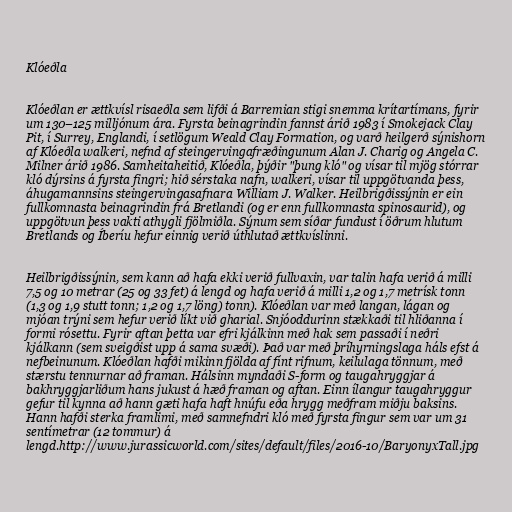
Klóeðla

Klóeðlan er ættkvísl risaeðla sem lifði á Barremian stigi snemma krítartímans, fyrir
um 130–125 milljónum ára. Fyrsta beinagrindin fannst árið 1983 í Smokejack Clay
Pit, í Surrey, Englandi, í setlögum Weald Clay Formation, og varð heilgerð sýnishorn
af Klóeðla walkeri, nefnd af steingervingafræðingunum Alan J. Charig og Angela C.
Milner árið 1986. Samheitaheitið, Klóeðla, þýðir "þung kló" og vísar til mjög stórrar
kló dýrsins á fyrsta fingri; hið sérstaka nafn, walkeri, vísar til uppgötvanda þess,
áhugamannsins steingervingasafnara William J. Walker. Heilbrigðissýnin er ein
fullkomnasta beinagrindin frá Bretlandi (og er enn fullkomnasta spinosaurid), og
uppgötvun þess vakti athygli fjölmiðla. Sýnum sem síðar fundust í öðrum hlutum
Bretlands og Íberíu hefur einnig verið úthlutað ættkvíslinni.

Heilbrigðissýnin, sem kann að hafa ekki verið fullvaxin, var talin hafa verið á milli
7,5 og 10 metrar (25 og 33 fet) á lengd og hafa verið á milli 1,2 og 1,7 metrísk tonn
(1,3 og 1,9 stutt tonn; 1,2 og 1,7 löng) tonn). Klóeðlan var með langan, lágan og
mjóan trýni sem hefur verið líkt við gharial. Snjóoddurinn stækkaði til hliðanna í
formi rósettu. Fyrir aftan þetta var efri kjálkinn með hak sem passaði í neðri
kjálkann (sem sveigðist upp á sama svæði). Það var með þríhyrningslaga háls efst á
nefbeinunum. Klóeðlan hafði mikinn fjölda af fínt rifnum, keilulaga tönnum, með
stærstu tennurnar að framan. Hálsinn myndaði S-form og taugahryggjar á
bakhryggjarliðum hans jukust á hæð framan og aftan. Einn ílangur taugahryggur
gefur til kynna að hann gæti hafa haft hnúfu eða hrygg meðfram miðju baksins.
Hann hafði sterka framlimi, með samnefndri kló með fyrsta fingur sem var um 31
sentímetrar (12 tommur) á
lengd.http://www.jurassicworld.com/sites/default/files/2016-10/BaryonyxTall.jpg